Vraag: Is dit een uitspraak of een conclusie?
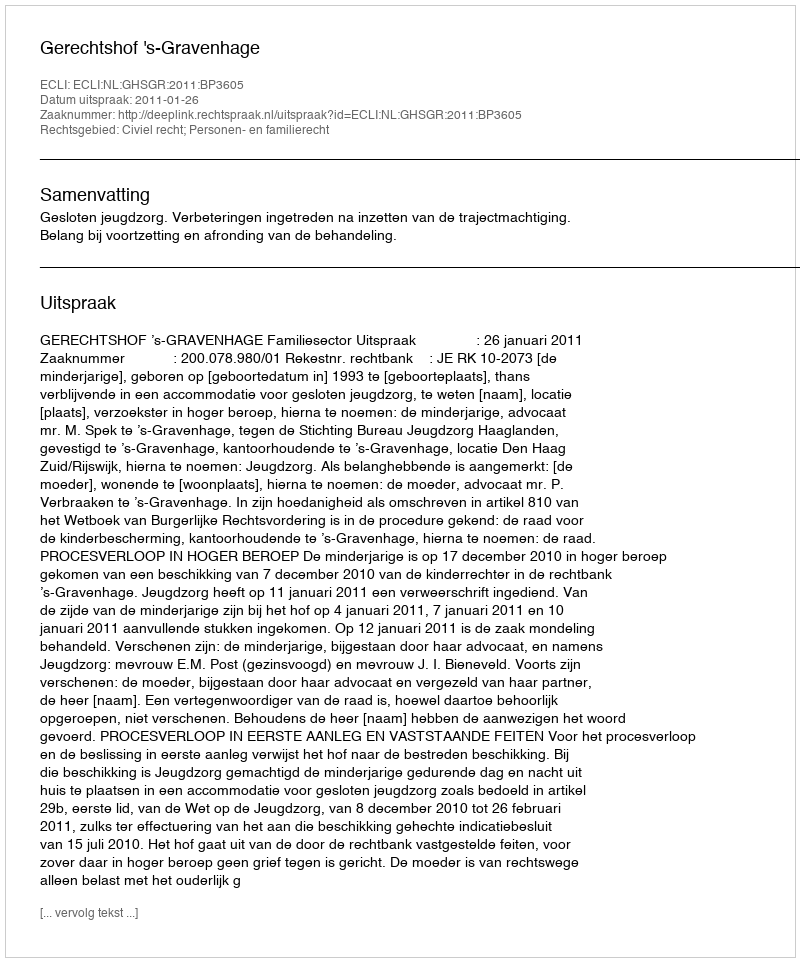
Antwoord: Uitspraak